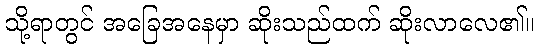
သို့ရာတွင် အခြေအနေမှာ ဆိုးသည်ထက် ဆိုးလာလေ၏။